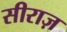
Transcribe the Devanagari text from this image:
सीराज़